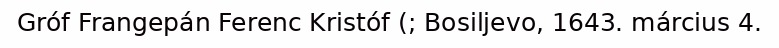
Gróf Frangepán Ferenc Kristóf (; Bosiljevo, 1643. március 4.